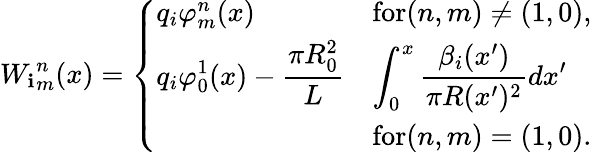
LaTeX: {W_{\mathbf{i}}}_{m}^{n}(x)=\left\{ \begin{array}{ll}{q_{i}\varphi_{m}^{n}(x)}&{\textrm{for}(n,m)\neq(1,0),}\\ {\displaystyle q_{i}\varphi_{0}^{1}(x)-\frac{\pi R_{0}^{2}}{L}}&{\displaystyle\int_{0}^{x}\frac{\beta_{i}(x^{\prime})}{\pi R(x^{\prime})^{2}}dx^{\prime}}\\ &{\textrm{for}(n,m)=(1,0).}\end{array}\right.